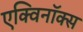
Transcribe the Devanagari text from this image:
एक्विनॉक्स